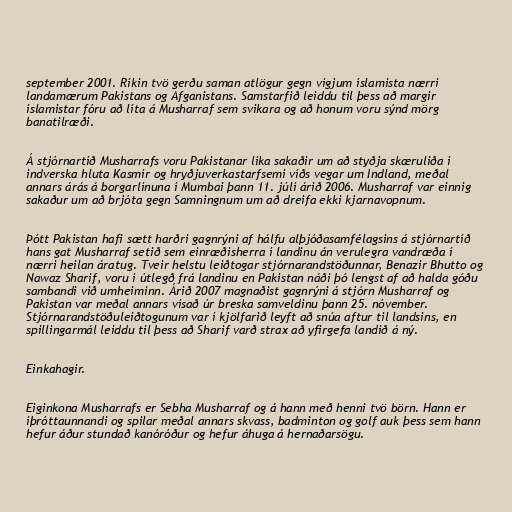
september 2001. Ríkin tvö gerðu saman atlögur gegn vígjum íslamista nærri
landamærum Pakistans og Afganistans. Samstarfið leiddu til þess að margir
íslamistar fóru að líta á Musharraf sem svikara og að honum voru sýnd mörg
banatilræði.

Á stjórnartíð Musharrafs voru Pakistanar líka sakaðir um að styðja skæruliða í
indverska hluta Kasmír og hryðjuverkastarfsemi víðs vegar um Indland, meðal
annars árás á borgarlínuna í Mumbai þann 11. júlí árið 2006. Musharraf var einnig
sakaður um að brjóta gegn Samningnum um að dreifa ekki kjarnavopnum.

Þótt Pakistan hafi sætt harðri gagnrýni af hálfu alþjóðasamfélagsins á stjórnartíð
hans gat Musharraf setið sem einræðisherra í landinu án verulegra vandræða í
nærri heilan áratug. Tveir helstu leiðtogar stjórnarandstöðunnar, Benazir Bhutto og
Nawaz Sharif, voru í útlegð frá landinu en Pakistan náði þó lengst af að halda góðu
sambandi við umheiminn. Árið 2007 magnaðist gagnrýni á stjórn Musharraf og
Pakistan var meðal annars vísað úr breska samveldinu þann 25. nóvember.
Stjórnarandstöðuleiðtogunum var í kjölfarið leyft að snúa aftur til landsins, en
spillingarmál leiddu til þess að Sharif varð strax að yfirgefa landið á ný.

Einkahagir.

Eiginkona Musharrafs er Sebha Musharraf og á hann með henni tvö börn. Hann er
íþróttaunnandi og spilar meðal annars skvass, badminton og golf auk þess sem hann
hefur áður stundað kanóróður og hefur áhuga á hernaðarsögu.